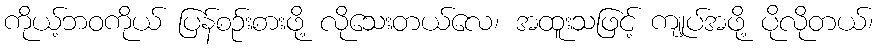
ကိုယ့်ဘဝကိုယ် ပြန်စဉ်းစားဖို့ လိုသေးတယ်လေ၊ အထူးသဖြင့် ကျုပ်အဖို့ ပိုလိုတယ်၊